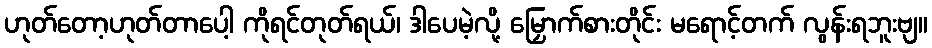
ဟုတ်တော့ဟုတ်တာပေါ့ ကိုရင်တုတ်ရယ်၊ ဒါပေမဲ့လို့ မြှောက်စားတိုင်း မရောင့်တက် လွန်းရဘူးဗျ။